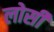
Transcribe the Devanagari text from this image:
लोसी